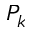
P _ { k }